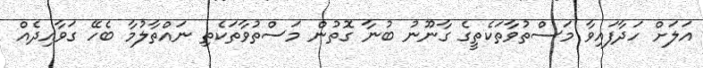
އަލަށް ހަދާފައިވާ މަސްތުވާތަކެތީގެ ގާނޫނު ބުނާ ގޮތުން މަސްތުވާތަކެތި ނައްތާލުމާ ބެހޭ ގަވާއިދެއް